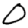
Digit: 0